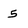
Character: 5